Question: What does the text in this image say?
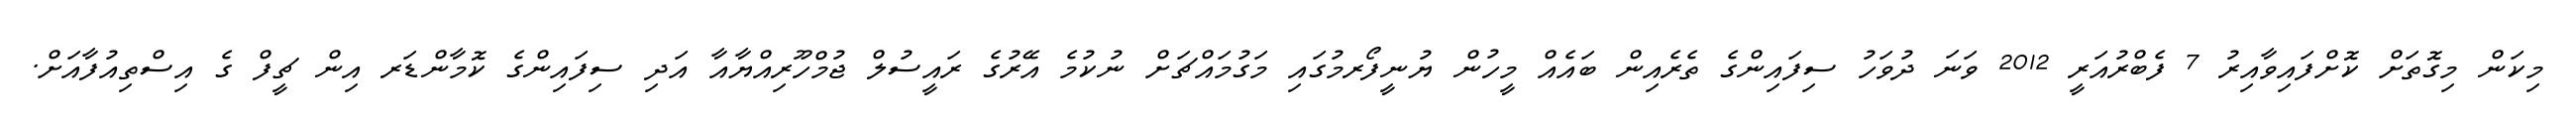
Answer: މިކަން މިގޮތަށް ކޮށްފައިވާއިރު 7 ފެބްރުއަރީ 2012 ވަނަ ދުވަހު ސިފައިންގެ ތެރެއިން ބައެއް މީހުން ޔުނީފޯރމުގައި މަގުމައްޗަށް ނުކުމެ އޭރުގެ ރައީސުލް ޖުމްހޫރިއްޔާއާ އަދި ސިފައިންގެ ކޮމާންޑަރ އިން ޗީފް ގެ އިސްތިއުފާއަށް.